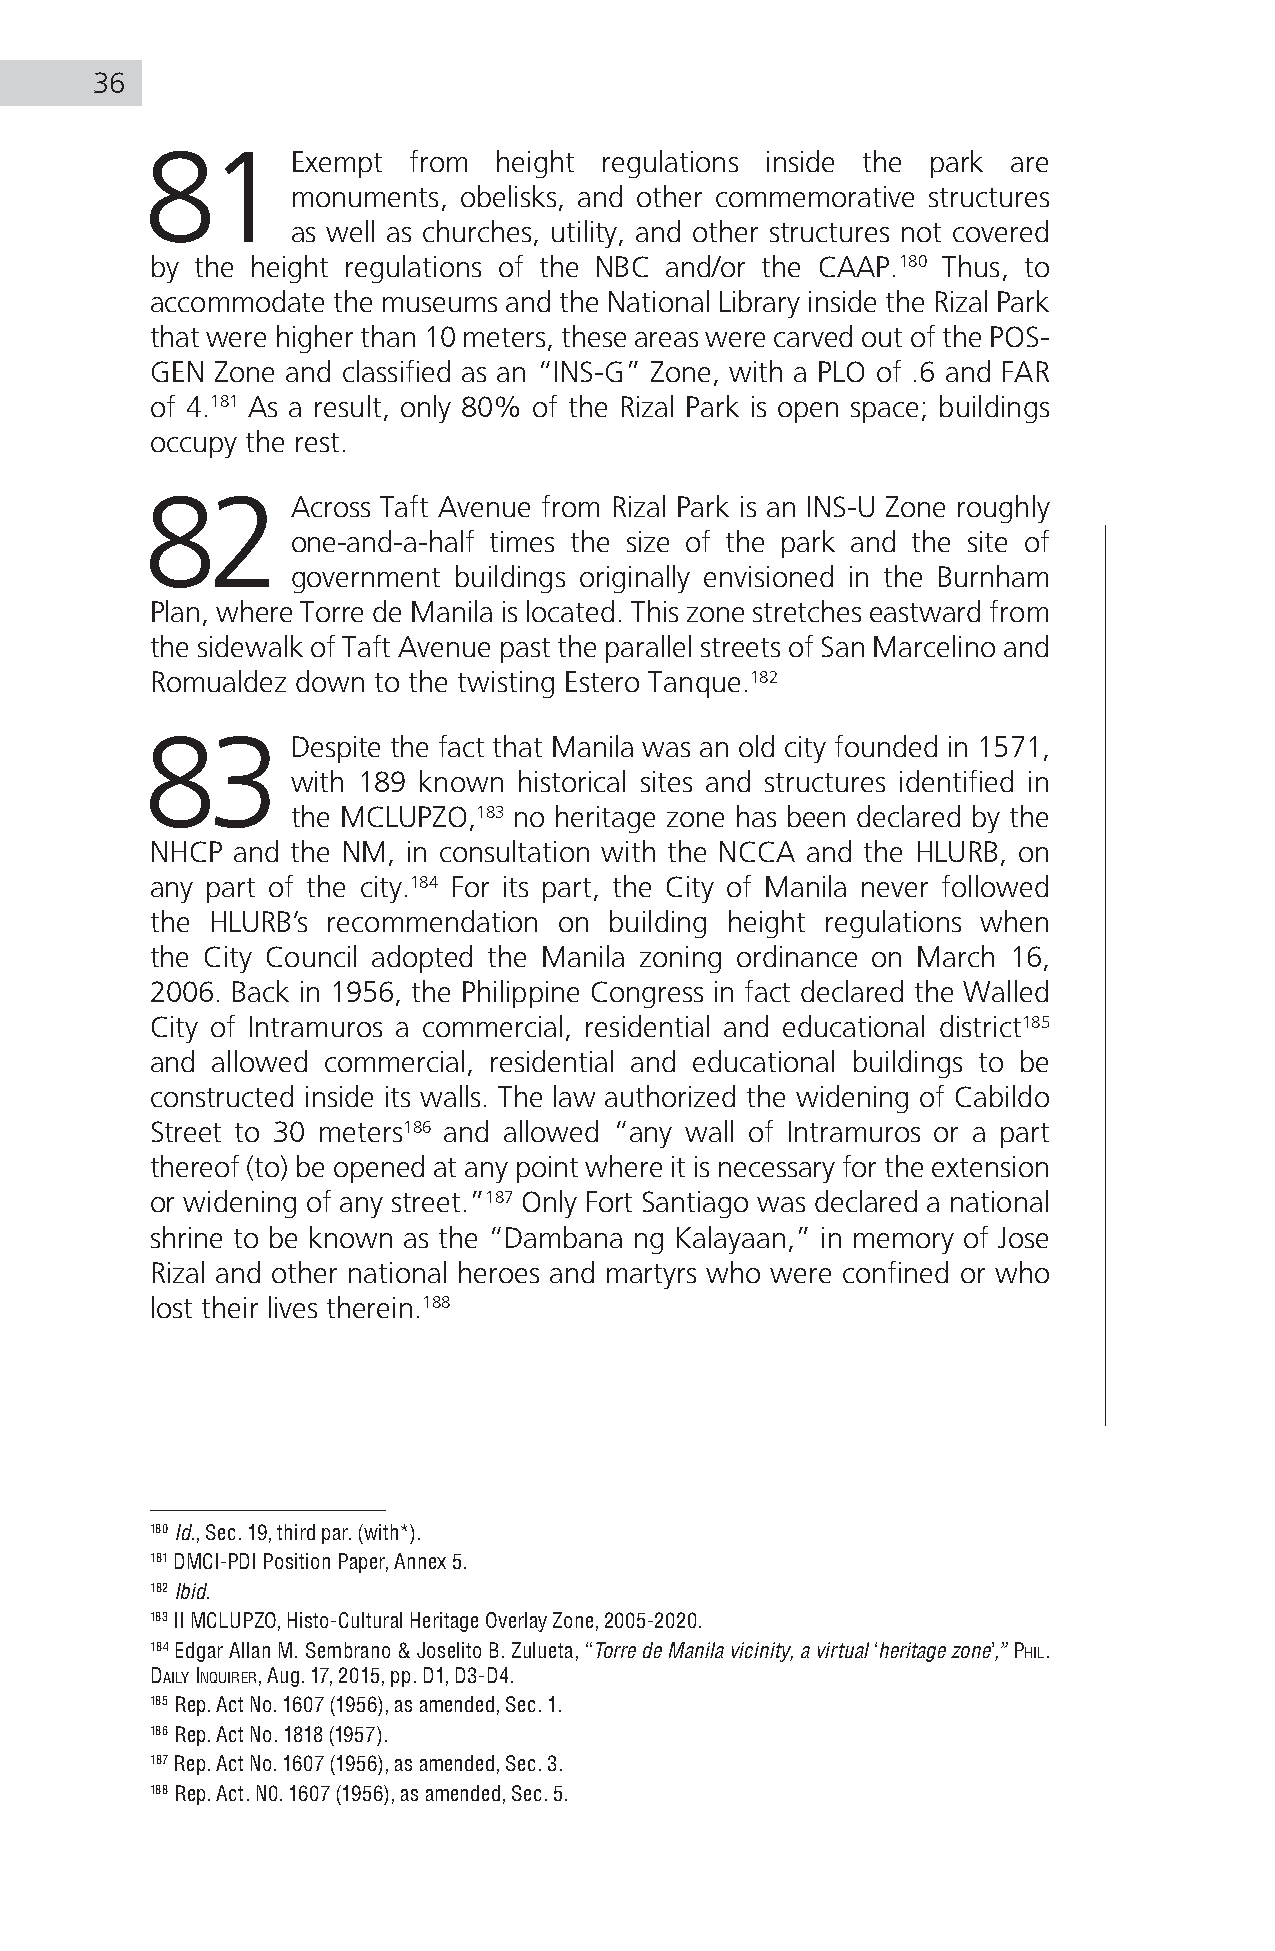
36
 81       Exempt  from  height regulations inside the park are
 monuments, obelisks, and other commemorative structures
 as well as churches, utility, and other structures not covered
 by the height regulations of the NBC and/or the CAAP.180 Thus, to
 accommodate the museums and the National Library inside the Rizal Park
 that were higher than 10 meters, these areas were carved out of the POS-
 GEN Zone and classified as an “INS-G” Zone, with a PLO of .6 and FAR
 of 4.181 As a result, only 80% of the Rizal Park is open space; buildings
 occupy the rest.
 82       Across Taft Avenue from Rizal Park is an INS-U Zone roughly
 one-and-a-half times the size of the park and the site of
 government buildings originally envisioned in the Burnham
 Plan, where Torre de Manila is located. This zone stretches eastward from
 the sidewalk of Taft Avenue past the parallel streets of San Marcelino and
 Romualdez down to the twisting Estero Tanque.182
 83       Despite the fact that Manila was an old city founded in 1571,
 with 189 known historical sites and structures identified in
 the MCLUPZO,183 no heritage zone has been declared by the
 NHCP and the NM, in consultation with the NCCA and the HLURB, on
 any part of the city.184 For its part, the City of Manila never followed
 the HLURB’s recommendation on building height regulations when
 the City Council adopted the Manila zoning ordinance on March 16,
 2006. Back in 1956, the Philippine Congress in fact declared the Walled
 City of Intramuros a commercial, residential and educational district185
 and allowed commercial, residential and educational buildings to be
 constructed inside its walls. The law authorized the widening of Cabildo
 Street to 30 meters186 and allowed “any wall of Intramuros or a part
 thereof (to) be opened at any point where it is necessary for the extension
 or widening of any street.”187 Only Fort Santiago was declared a national
 shrine to be known as the “Dambana ng Kalayaan,” in memory of Jose
 Rizal and other national heroes and martyrs who were confined or who
 lost their lives therein.188
 180 Id., Sec. 19, third par. (with*).
 181 DMCI-PDI Position Paper, Annex 5.
 182 Ibid.
 183 II MCLUPZO, Histo-Cultural Heritage Overlay Zone, 2005-2020.
 184 Edgar Allan M. Sembrano & Joselito B. Zulueta, “Torre de Manila vicinity, a virtual ‘heritage zone’,” Phil.
 daily inquirer, Aug. 17, 2015, pp. D1, D3-D4.
 185 Rep. Act No. 1607 (1956), as amended, Sec. 1.
 186 Rep. Act No. 1818 (1957).
 187 Rep. Act No. 1607 (1956), as amended, Sec. 3.
 188 Rep. Act. N0. 1607 (1956), as amended, Sec. 5.